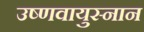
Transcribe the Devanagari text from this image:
उष्णवायुस्नान